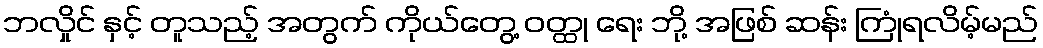
ဘလှိုင် နှင့် တူသည့် အတွက် ကိုယ်တွေ့ ဝတ္ထု ရေး ဘို့ အဖြစ် ဆန်း ကြုံရလိမ့်မည်